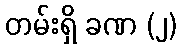
တမ်းရှိ ခဏ (၂)